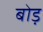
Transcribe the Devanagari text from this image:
बोड़